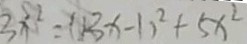
3 x ^ { 2 } = ( 1 3 x - 1 ) ^ { 2 } + 5 x ^ { 2 }